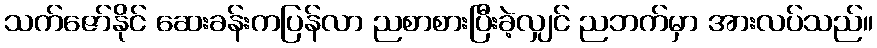
သက်ဇော်နိုင် ဆေးခန်းကပြန်လာ ညစာစားပြီးခဲ့လျှင် ညဘက်မှာ အားလပ်သည်။